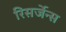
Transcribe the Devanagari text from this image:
रिसर्जेन्स